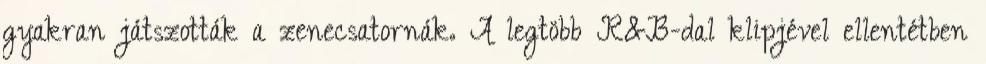
gyakran játszották a zenecsatornák. A legtöbb R&B-dal klipjével ellentétben